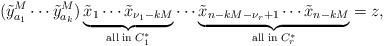
\begin{align*}(\tilde{y}_{a_1}^M \cdots \tilde{y}_{a_k}^M) \underbrace{ \tilde{x}_1 \cdots \tilde{x}_{\nu_1-kM}}_{{\rm all} \; {\rm in} \;C_1^*} \cdots \underbrace{\tilde{x}_{n-kM-\nu_r+1}\cdots \tilde{x}_{n-kM}}_{{\rm all} \; {\rm in} \; C_r^*} = z,\end{align*}